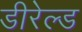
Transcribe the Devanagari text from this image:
डीरेल्ड